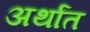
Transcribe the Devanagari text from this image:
अर्थांत